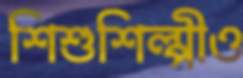
শিশুশিল্পীও